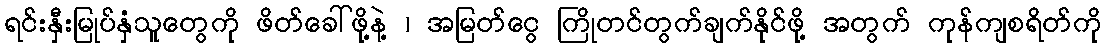
ရင်းနှီးမြုပ်နှံသူတွေကို ဖိတ်ခေါ်ဖို့နဲ့ ၊ အမြတ်ငွေ ကြိုတင်တွက်ချက်နိုင်ဖို့ အတွက် ကုန်ကျစရိတ်ကို